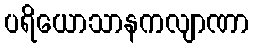
ပရိယောသာနကလျာဏာ